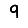
Digit: 9